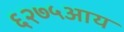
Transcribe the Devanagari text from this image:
६२७५आय